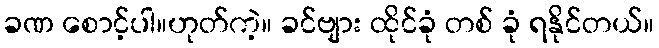
ခဏ စောင့်ပါ။ဟုတ်ကဲ့။ ခင်ဗျား ထိုင်ခုံ တစ် ခုံ ရနိုင်တယ်။